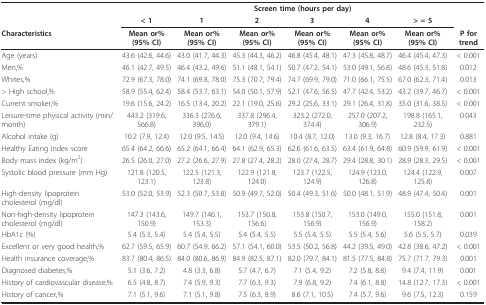
<table><thead><tr><td></td><td colspan="7"><b>Screen time (hours per day)</b></td></tr><tr><td></td><td><b>&lt; 1</b></td><td><b>1</b></td><td><b>2</b></td><td><b>3</b></td><td><b>4</b></td><td><b>&gt; = 5</b></td><td></td></tr><tr><td><b>Characteristics</b></td><td><b>Mean or% (95% CI)</b></td><td><b>Mean or% (95% CI)</b></td><td><b>Mean or% (95% CI)</b></td><td><b>Mean or% (95% CI)</b></td><td><b>Mean or% (95% CI)</b></td><td><b>Mean or% (95% CI)</b></td><td><b>P for trend</b></td></tr></thead><tbody><tr><td>Age (years)</td><td>43.6 (42.6, 44.6)</td><td>43.0 (41.7, 44.3)</td><td>45.3 (44.3, 46.2)</td><td>46.8 (45.4, 48.1)</td><td>47.3 (45.8, 48.7)</td><td>46.4 (45.4, 47.3)</td><td>&lt; 0.001</td></tr><tr><td>Men,%</td><td>46.1 (42.7, 49.5)</td><td>46.4 (43.2, 49.6)</td><td>51.1 (48.1, 54.1)</td><td>50.7 (47.2, 54.1)</td><td>53.0 (49.1, 56.8)</td><td>48.6 (45.3, 51.8)</td><td>0.012</td></tr><tr><td>Whites,%</td><td>72.9 (67.3, 78.0)</td><td>74.1 (69.8, 78.0)</td><td>75.3 (70.7, 79.4)</td><td>74.7 (69.9, 79.0)</td><td>71.0 (66.1, 75.5)</td><td>67.0 (62.3, 71.4)</td><td>0.013</td></tr><tr><td>&gt; High school,%</td><td>58.9 (55.4, 62.4)</td><td>58.4 (53.7, 63.1)</td><td>54.0 (50.1, 57.9)</td><td>52.1 (47.6, 56.5)</td><td>47.7 (42.4, 53.2)</td><td>43.2 (39.7, 46.7)</td><td>&lt; 0.001</td></tr><tr><td>Current smoker,%</td><td>19.6 (15.6, 24.2)</td><td>16.5 (13.4, 20.2)</td><td>22.1 (19.0, 25.6)</td><td>29.2 (25.6, 33.1)</td><td>29.1 (26.4, 31.8)</td><td>35.0 (31.6, 38.5)</td><td>&lt; 0.001</td></tr><tr><td>Leisure-time physical activity (min/month)</td><td>443.2 (319.6, 566.8)</td><td>336.3 (276.6, 396.0)</td><td>337.8 (296.4, 379.1)</td><td>323.2 (272.0, 374.4)</td><td>257.0 (207.2, 306.9)</td><td>198.8 (165.1, 232.5)</td><td>0.043</td></tr><tr><td>Alcohol intake (g)</td><td>10.2 (7.9, 12.4)</td><td>12.0 (9.5, 14.5)</td><td>12.0 (9.4, 14.6)</td><td>10.4 (8.7, 12.0)</td><td>13.0 (9.3, 16.7)</td><td>12.8 (8.4, 17.3)</td><td>0.881</td></tr><tr><td>Healthy Eating Index score</td><td>65.4 (64.2, 66.6)</td><td>65.2 (64.1, 66.4)</td><td>64.1 (62.9, 65.3)</td><td>62.6 (61.6, 63.5)</td><td>63.4 (61.9, 64.8)</td><td>60.9 (59.9, 61.9)</td><td>&lt; 0.001</td></tr><tr><td>Body mass index (kg/m<sup>2</sup>)</td><td>26.5 (26.0, 27.0)</td><td>27.2 (26.6, 27.9)</td><td>27.8 (27.4, 28.2)</td><td>28.0 (27.4, 28.7)</td><td>29.4 (28.8, 30.1)</td><td>28.9 (28.3, 29.5)</td><td>&lt; 0.001</td></tr><tr><td>Systolic blood pressure (mm Hg)</td><td>121.8 (120.5, 123.1)</td><td>122.5 (121.3, 123.8)</td><td>122.9 (121.8, 124.0)</td><td>123.7 (122.5, 124.9)</td><td>124.9 (123.0, 126.8)</td><td>124.4 (122.9, 125.8)</td><td>0.007</td></tr><tr><td>High-density lipoprotein cholesterol (mg/dl)</td><td>53.0 (52.0, 53.9)</td><td>52.3 (50.7, 53.8)</td><td>50.9 (49.7, 52.0)</td><td>50.4 (49.3, 51.6)</td><td>50.0 (48.1, 51.9)</td><td>48.9 (47.4, 50.4)</td><td>0.001</td></tr><tr><td>Non-high-density lipoprotein cholesterol (mg/dl)</td><td>147.3 (143.6, 150.9)</td><td>149.7 (146.1, 153.3)</td><td>153.7 (150.8, 156.6)</td><td>153.8 (150.7, 156.9)</td><td>153.0 (149.0, 156.9)</td><td>155.0 (151.8, 158.2)</td><td>0.001</td></tr><tr><td>HbA1c (%)</td><td>5.4 (5.3, 5.4)</td><td>5.4 (5.4, 5.5)</td><td>5.4 (5.4, 5.5)</td><td>5.5 (5.4, 5.5)</td><td>5.5 (5.4, 5.6)</td><td>5.6 (5.5, 5.7)</td><td>0.039</td></tr><tr><td>Excellent or very good health,%</td><td>62.7 (59.5, 65.9)</td><td>60.7 (54.9, 66.2)</td><td>57.1 (54.1, 60.0)</td><td>53.5 (50.2, 56.8)</td><td>44.2 (39.5, 49.0)</td><td>42.8 (38.6, 47.2)</td><td>&lt; 0.001</td></tr><tr><td>Health insurance coverage,%</td><td>83.7 (80.4, 86.5)</td><td>84.0 (80.6, 86.9)</td><td>84.9 (82.5, 87.1)</td><td>82.0 (79.7, 84.1)</td><td>81.5 (77.5, 84.8)</td><td>75.7 (71.7, 79.3)</td><td>0.001</td></tr><tr><td>Diagnosed diabetes,%</td><td>5.1 (3.6, 7.2)</td><td>4.8 (3.3, 6.8)</td><td>5.7 (4.7, 6.7)</td><td>7.1 (5.4, 9.2)</td><td>7.2 (5.8, 8.8)</td><td>9.4 (7.4, 11.9)</td><td>0.001</td></tr><tr><td>History of cardiovascular disease,%</td><td>6.5 (4.8, 8.7)</td><td>7.4 (5.9, 9.3)</td><td>7.7 (6.3, 9.3)</td><td>7.9 (6.8, 9.2)</td><td>7.4 (6.1, 8.8)</td><td>14.8 (12.7, 17.3)</td><td>&lt; 0.001</td></tr><tr><td>History of cancer,%</td><td>7.1 (5.1, 9.6)</td><td>7.1 (5.1, 9.8)</td><td>7.5 (6.3, 8.9)</td><td>8.6 (7.1, 10.5)</td><td>7.4 (5.7, 9.6)</td><td>9.6 (7.5, 12.3)</td><td>0.159</td></tr></tbody></table>